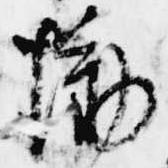
慟